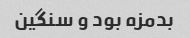
بدمزه بود و سنگین